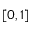
[ 0 , 1 ]